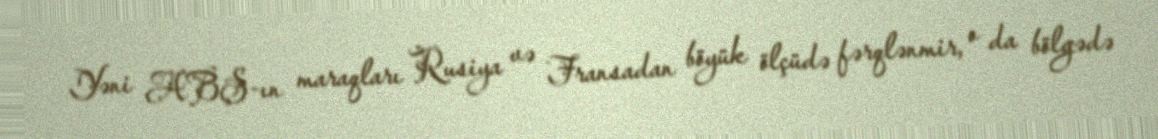
Yəni ABŞ-ın maraqları Rusiya və Fransadan böyük ölçüdə fərqlənmir, o da bölgədə